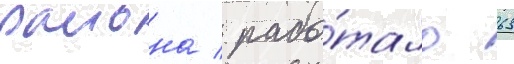
раиона / рабо́тало 63